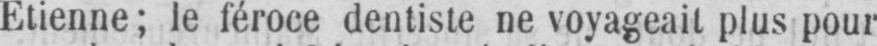
Etienne; le féroce dentiste ne voyageait plus pour